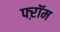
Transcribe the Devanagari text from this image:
फ्ऱॉम